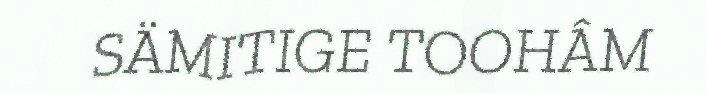
SÄMITIGE TOOHÂM